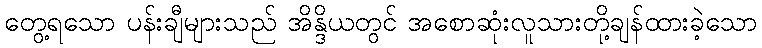
တွေ့ရသော ပန်းချီများသည် အိန္ဒိယတွင် အစောဆုံးလူသားတို့ချန်ထားခဲ့သော